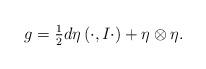
LaTeX: \begin{align*} g = \tfrac{1}{2} d \eta \left(\cdot, I \cdot \right) + \eta \otimes \eta.\end{align*}